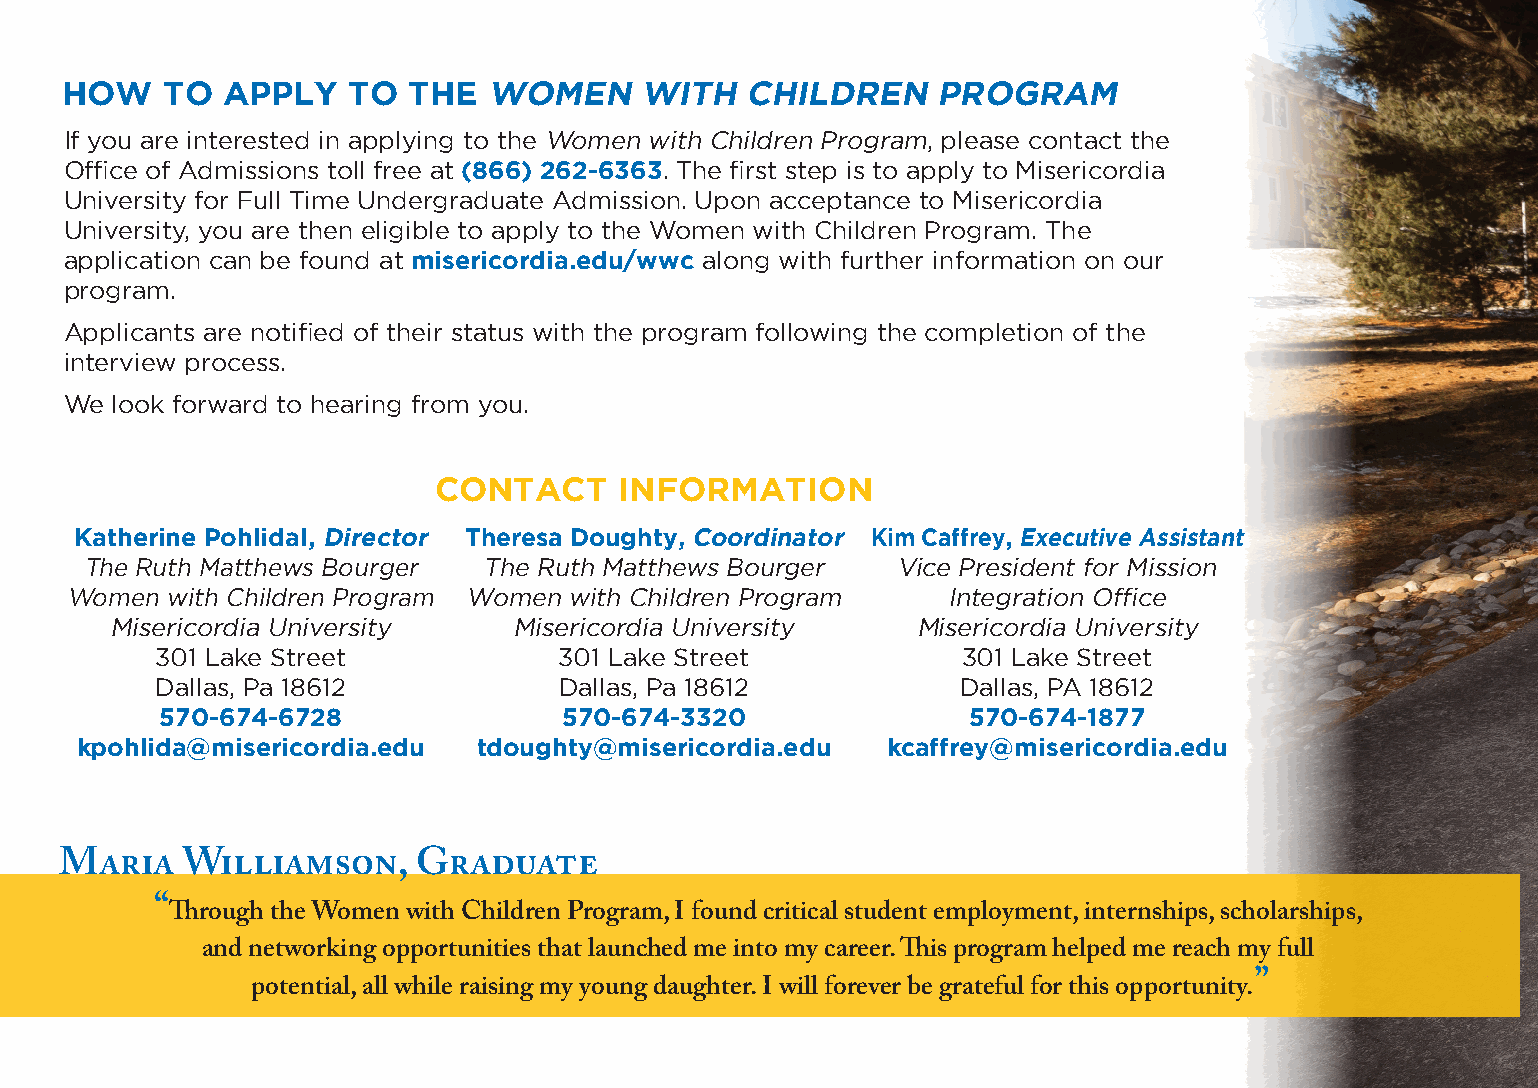
HOW    TO  APPLY   TO  THE  WOMEN     WITH   CHILDREN     PROGRAM
 If you are interested in applying to the Women with Children Program, please contact the
 Office of Admissions toll free at (866) 262-6363. The first step is to apply to Misericordia
 University for Full Time Undergraduate Admission. Upon acceptance to Misericordia
 University, you are then eligible to apply to the Women with Children Program. The
 application can be found at misericordia.edu/wwc along with further information on our
 program.
 Applicants are notified of their status with the program following the completion of the
 interview process.
 We look forward to hearing from you.
 CONTACT     INFORMATION
 Katherine Pohlidal, Director Theresa Doughty, Coordinator Kim Caffrey, Executive Assistant
 The Ruth Matthews Bourger  The Ruth Matthews Bourger  Vice President for Mission
 Women  with Children Program Women with Children Program   Integration Office
 Misericordia University    Misericordia University    Misericordia University
 301 Lake Street            301 Lake Street            301 Lake Street
 Dallas, Pa 18612           Dallas, Pa 18612           Dallas, PA 18612
 570-674-6728              570-674-3320               570-674-1877
 kpohlida@misericordia.edu  tdoughty@misericordia.edu  kcaffrey@misericordia.edu
 Maria   Williamson,     Graduate
 “Through the Women with Children Program, I found critical student employment, internships, scholarships,
 and networking opportunities that launched me into my career. This program helped me reach my full
 potential, all while raising my young daughter. I will forever be grateful for this opportunity.”